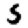
Digit: 5